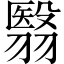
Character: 翳